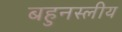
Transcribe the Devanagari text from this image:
बहुनस्लीय